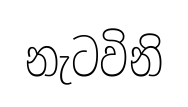
නැටවිනි